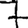
Digit: 7